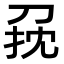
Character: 𠜭